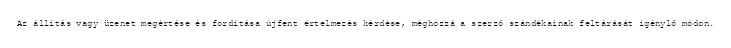
Az állítás vagy üzenet megértése és fordítása újfent értelmezés kérdése, méghozzá a szerző szándékainak feltárását igénylő módon.